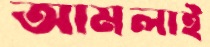
আমলাই